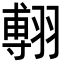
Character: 𦑵